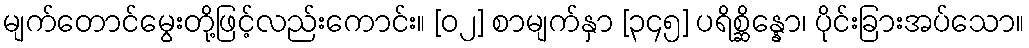
မျက်တောင်မွေးတို့ဖြင့်လည်းကောင်း။ [၀၂] စာမျက်နှာ [၃၄၅] ပရိစ္ဆိန္နော၊ ပိုင်းခြားအပ်သော။